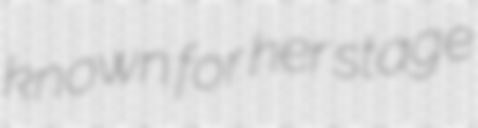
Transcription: known for her stage